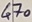
Text: 470